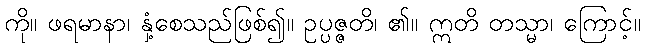
ကို။ ဖရမာနာ၊ နှံ့စေသည်ဖြစ်၍။ ဥပ္ပဇ္ဇတိ၊ ၏။ ဣတိ တသ္မာ၊ ကြောင့်။